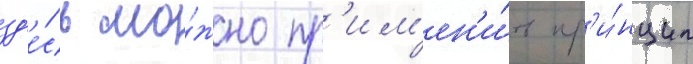
зд'е́сь мо́жно пр'им'ен'и́ть пр'и́нцип